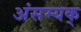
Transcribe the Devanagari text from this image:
अंसम्यक्